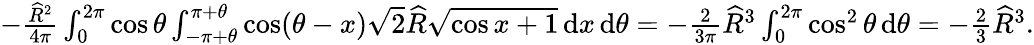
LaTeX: \begin{array}{r}{-\frac{\widehat{R}^{2}}{4\pi}\int_{0}^{2\pi}\cos\theta\int_{-\pi+\theta}^{\pi+\theta}\cos(\theta-x)\sqrt{2}\widehat{R}\sqrt{\cos x+1}\, {\mathrm{d}}x\, {\mathrm{d}}\theta=-\frac{2}{3\pi}\widehat{R}^{3}\int_{0}^{2\pi}\cos^{2}\theta\, {\mathrm{d}}\theta=-\frac{2}{3}\widehat{R}^{3}.}\end{array}